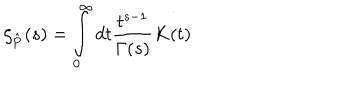
LaTeX: \zeta _ { \bf { \hat { P } } } ( s ) = \int _ { 0 } ^ { \infty } d t \frac { t ^ { s - 1 } } { \Gamma ( s ) } K ( t )